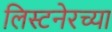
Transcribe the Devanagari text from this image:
लिस्टनेरच्या